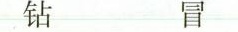
钻 冒